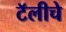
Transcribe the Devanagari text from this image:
टॅलीचे